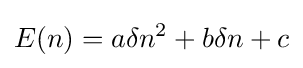
E(n)=a\delta n^{2}+b\delta n+c